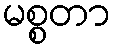
မစ္စတာ